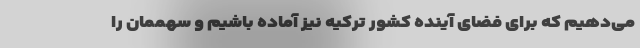
می‌دهیم که برای فضای آینده کشور ترکیه نیز آماده باشیم و سهممان را